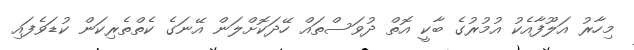
މިހާރު އަލޫފާއެކު އުމުރުގެ ބާކީ އޮތް ދުވަސްތައް ހޭދަކޮށްލަން އޭނަގެ ކެތްތެރިކަން ކުޑަވެފައި